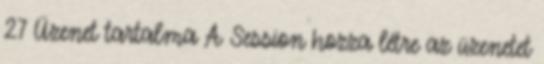
27 Üzenet tartalma A Session hozza létre az üzenetet